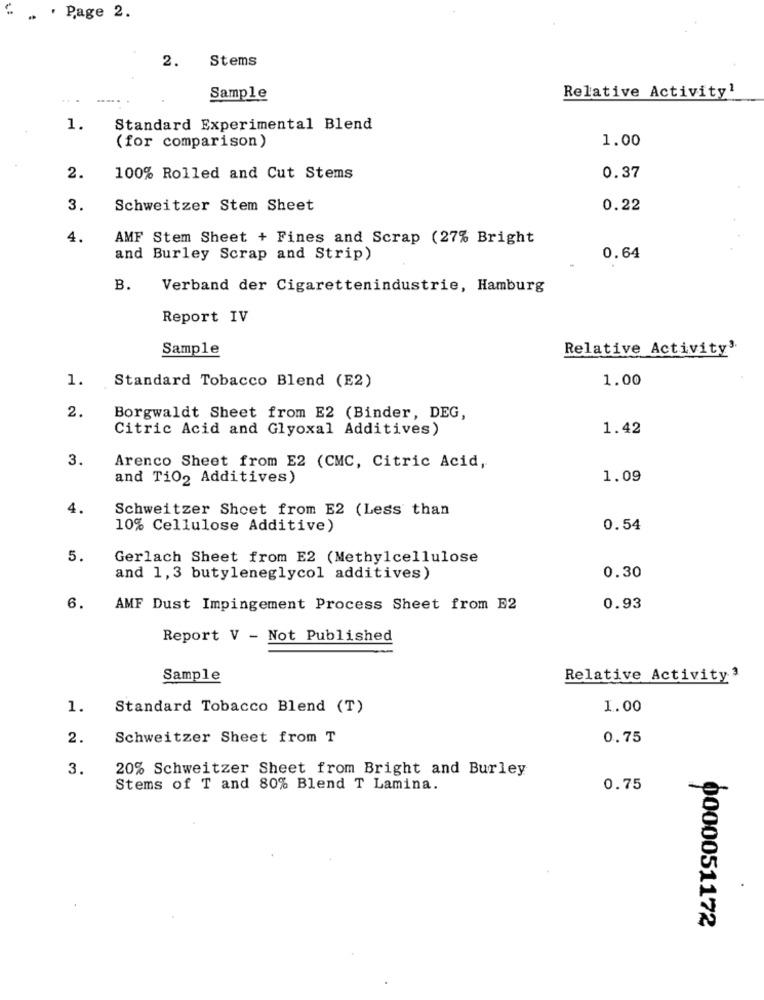
.. ' Page 2.
2.
Stems
Sample
Relative Activity1
1.
Standard Experimental Blend
(for comparison)
1.00
2.
100% Rolled and Cut Stems
0.37
3.
Schweitzer Stem Sheet
0.22
4.
AMF Stem Sheet + Fines and Scrap (27% Bright
and Burley Scrap and Strip)
0.64
B.
Verband der Cigarettenindustrie, Hamburg
Report IV
Sample
Relative Activity"
1.
1.00
Standard Tobacco Blend (E2)
2.
Borgwaldt Sheet from E2 (Binder, DEG,
Citric Acid and Glyoxal Additives)
1.42
3.
Arenco Sheet from E2 (CMC, Citric Acid,
and TiO2 Additives)
1.09
4.
Schweitzer Shoet from E2 (Less than
10% Cellulose Additive)
0.54
5.
Gerlach Sheet from E2 (Methylcellulose
and 1,3 butyleneglycol additives)
0.30
6.
AMF Dust Impingement Process Sheet from E2
0.93
Report V - Not Published
Sample
Relative Activity3
1.
Standard Tobacco Blend (T)
1.00
2.
Schweitzer Sheet from T
0.75
3.
20% Schweitzer Sheet from Bright and Burley
Stems of T and 80% Blend T Lamina.
0.75
0000051172